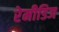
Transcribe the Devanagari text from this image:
रेमीडिज